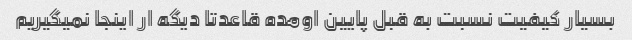
بسیار کیفیت نسبت به قبل پایین اومده قاعدتا دیگه ار اینجا نمیگیریم